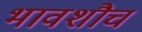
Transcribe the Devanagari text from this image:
भावशौच